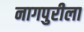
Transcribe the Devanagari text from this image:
नागपुरीला